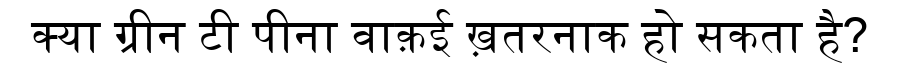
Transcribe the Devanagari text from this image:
क्या ग्रीन टी पीना वाक़ई ख़तरनाक हो सकता है?